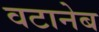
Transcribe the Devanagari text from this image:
वटानेब